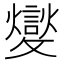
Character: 𣀢